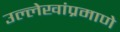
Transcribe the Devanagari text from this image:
उल्लेखांप्रमाणे